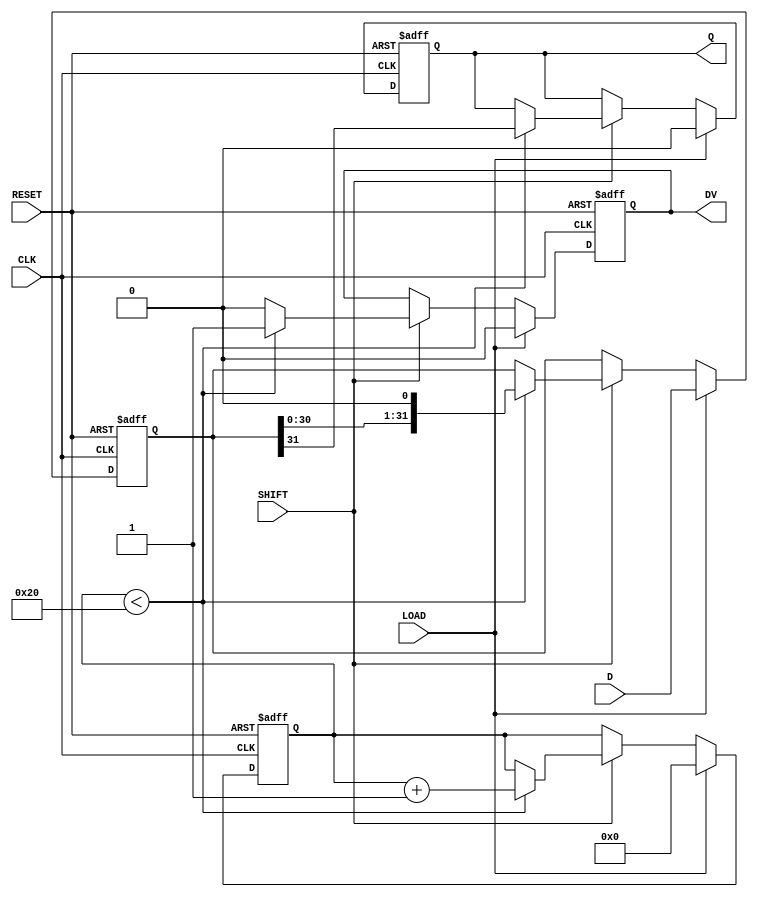
module PISO_Register (
    input  wire [31:0] D,      // 32-bit data input
    input  wire LOAD,          // Load control signal
    input  wire SHIFT,         // Shift control signal
    input  wire CLK,           // Clock signal
    input  wire RESET,         // Asynchronous reset signal
    output reg  Q,             // Serial output
    output reg  DV             // Data valid signal
);

    reg [31:0] shift_reg;      // Internal shift register
    reg [5:0] shift_count;     // Counter for number of shifts

    always @(posedge CLK or posedge RESET) begin
        if (RESET) begin
            shift_reg <= 32'b0; // Clear the register
            Q <= 1'b0;          // Clear the output
            DV <= 1'b0;         // Clear data valid signal
            shift_count <= 6'b0; // Reset shift count
        end else begin
            if (LOAD) begin
                shift_reg <= D;  // Load data into the shift register
                Q <= 1'b0;       // Clear output on load
                DV <= 1'b0;      // Clear data valid signal
                shift_count <= 6'b0; // Reset shift count
            end else if (SHIFT) begin
                if (shift_count < 32) begin
                    Q <= shift_reg[31]; // Shift out the MSB
                    shift_reg <= {shift_reg[30:0], 1'b0}; // Shift left
                    shift_count <= shift_count + 1; // Increment shift count
                    DV <= 1'b1; // Set data valid signal
                end else begin
                    DV <= 1'b0; // Clear data valid signal after all bits shifted
                end
            end
        end
    end

endmodule